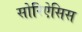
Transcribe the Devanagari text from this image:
सोरिऐसिस